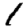
Digit: 1